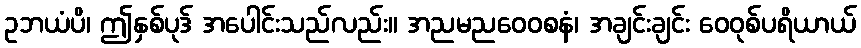
ဥဘယံပိ၊ ဤနှစ်ပုဒ် အပေါင်းသည်လည်း။ အညမညဝေဝစနံ၊ အချင်းချင်း ဝေဝုစ်ပရိယာယ်